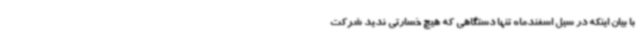
با بیان اینکه در سیل اسفندماه تنها دستگاهی که هیچ خسارتی ندید شرکت